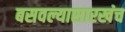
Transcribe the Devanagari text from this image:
बसवल्यासारखंच